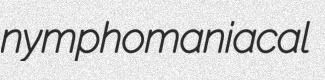
nymphomaniacal